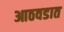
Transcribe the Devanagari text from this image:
आठवडात